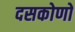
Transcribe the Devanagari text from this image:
दसकोणों